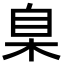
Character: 臬